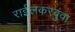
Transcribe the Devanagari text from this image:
राईलकरबुवा